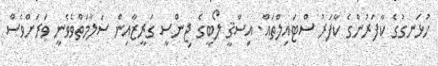
ހުޅަނގުގެ ކާފަރުންގެ ކާފަރު ސްޓައިލްތައް. އިސްޤީ ލޯބީގެ ޖިންސީ ގަރީޒާއިން ސަލާމަތްވެވެނީ ވަރަށްވެސް